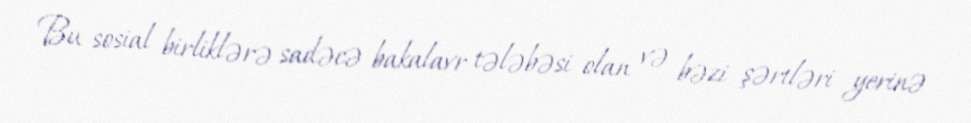
Bu sosial birliklərə sadəcə bakalavr tələbəsi olan və bəzi şərtləri yerinə